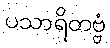
ပသာရိတဗ္ဗံ